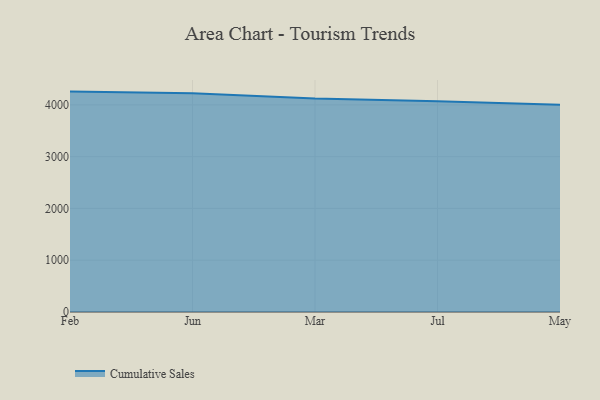
{"axis": {"x": "Month", "y": "Page Views"}, "legend": ["Cumulative Sales"], "data": [{"x": "Feb", "y": 4255.9, "type": "Cumulative Sales"}, {"x": "Jun", "y": 4225.6, "type": "Cumulative Sales"}, {"x": "Mar", "y": 4120.7, "type": "Cumulative Sales"}, {"x": "Jul", "y": 4071.0, "type": "Cumulative Sales"}, {"x": "May", "y": 4004.2, "type": "Cumulative Sales"}]}